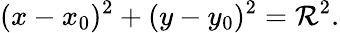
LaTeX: (x-x_{0})^{2}+(y-y_{0})^{2}=\mathcal{R}^{2}.